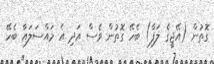
ގޮތުން (އޭޖީގެ ލަފާ) ބެހޭ ގޮތުން ވެސް އަދި އެ މައްސަލައާ ބެހޭ